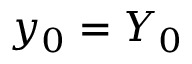
y _ { 0 } = Y _ { 0 }